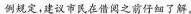
例规定，建议市民在借阅之前仔细了解。